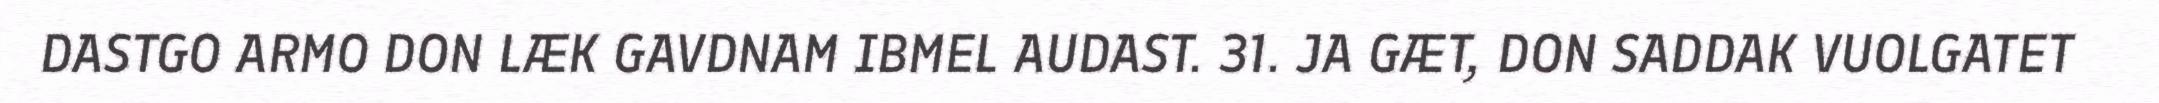
DASTGO ARMO DON LÆK GAVDNAM IBMEL AUDAST. 31. JA GÆT, DON SADDAK VUOLGATET